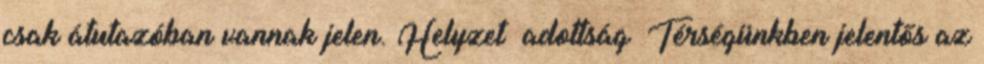
csak átutazóban vannak jelen. Helyzet adottság ▪Térségünkben jelentős az